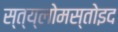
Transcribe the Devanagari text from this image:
स्त्य्लोमस्तोइद